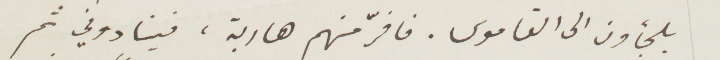
يلجأون إلى القاموس. فافرّ منهم هاربة، فينادوني ثم،